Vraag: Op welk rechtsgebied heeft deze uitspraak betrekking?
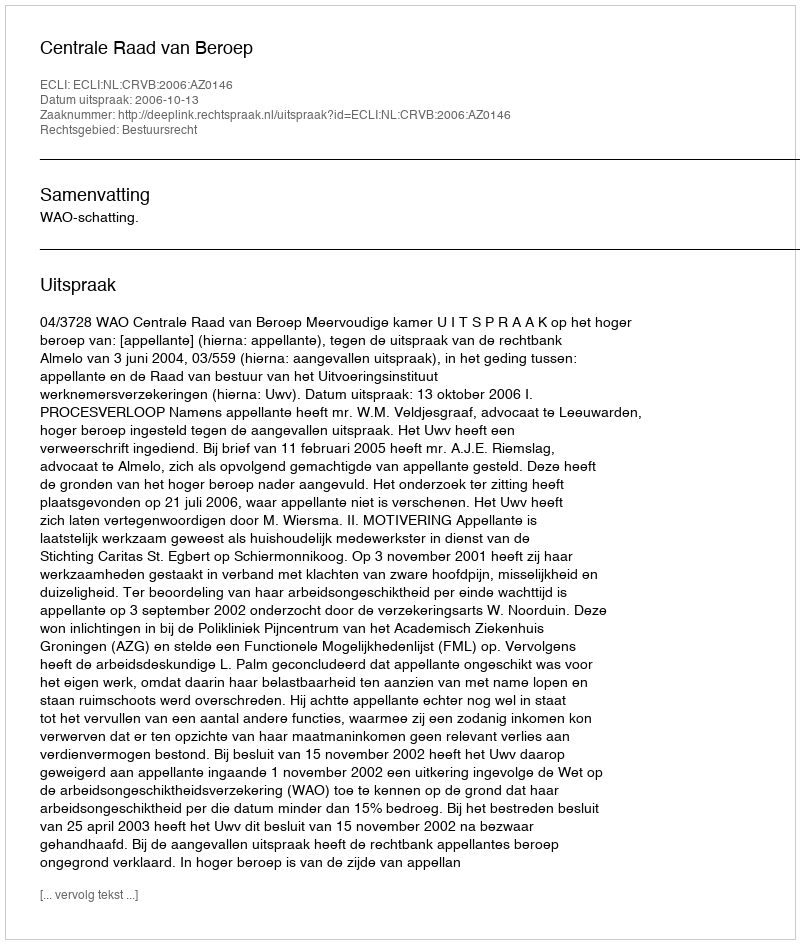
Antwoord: Bestuursrecht